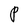
Character: P